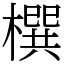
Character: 㯢